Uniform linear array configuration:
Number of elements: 24
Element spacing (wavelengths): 0.5
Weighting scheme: uniform
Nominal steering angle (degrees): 30
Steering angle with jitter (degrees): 29.617
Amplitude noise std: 0.05
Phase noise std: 0.05

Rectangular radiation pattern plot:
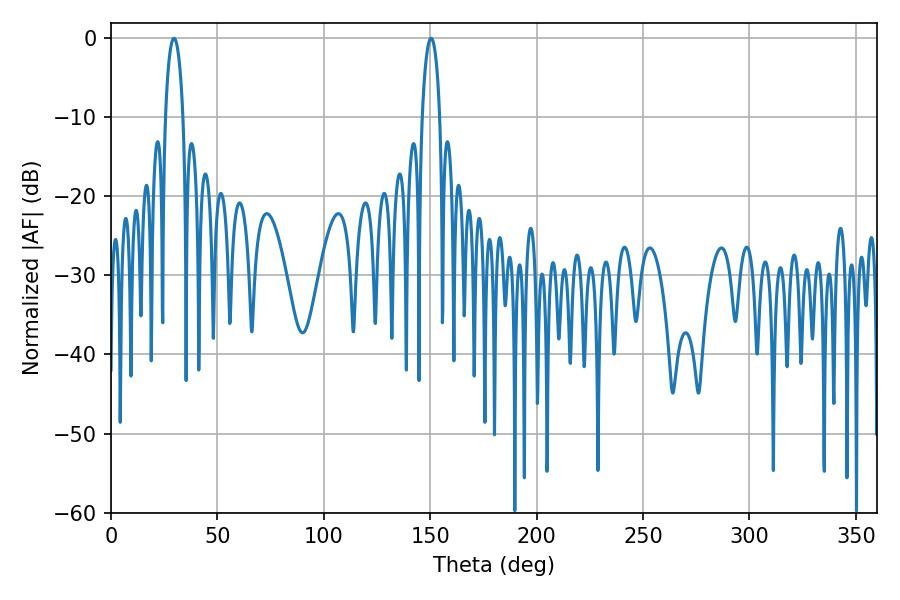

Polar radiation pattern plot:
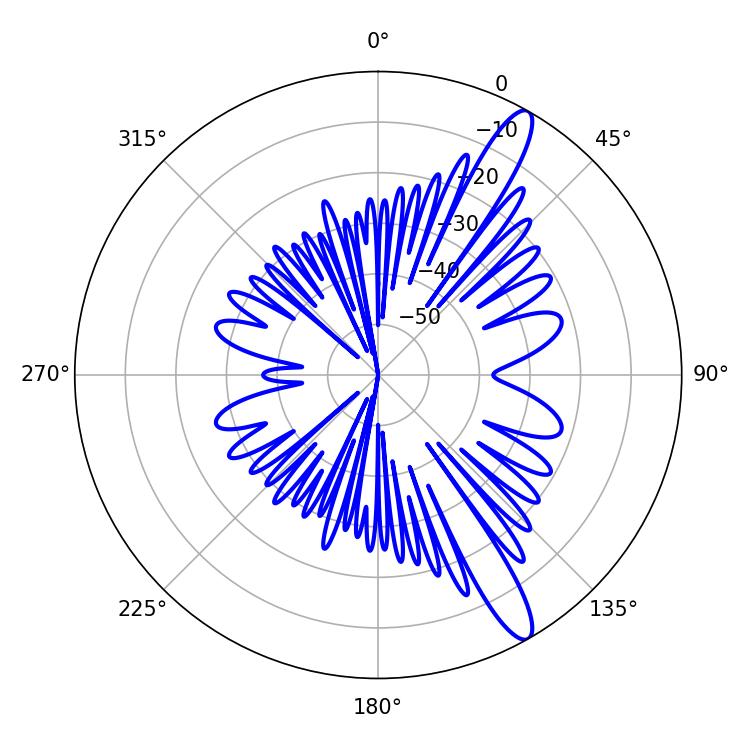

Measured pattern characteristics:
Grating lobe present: FALSE
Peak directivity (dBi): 13.204
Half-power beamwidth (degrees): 4.68
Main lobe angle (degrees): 29.52